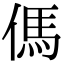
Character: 傌